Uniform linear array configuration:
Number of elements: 8
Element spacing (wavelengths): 0.25
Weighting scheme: cosine
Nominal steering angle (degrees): -45
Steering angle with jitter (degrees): -46.782
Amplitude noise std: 0.05
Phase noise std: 0.05

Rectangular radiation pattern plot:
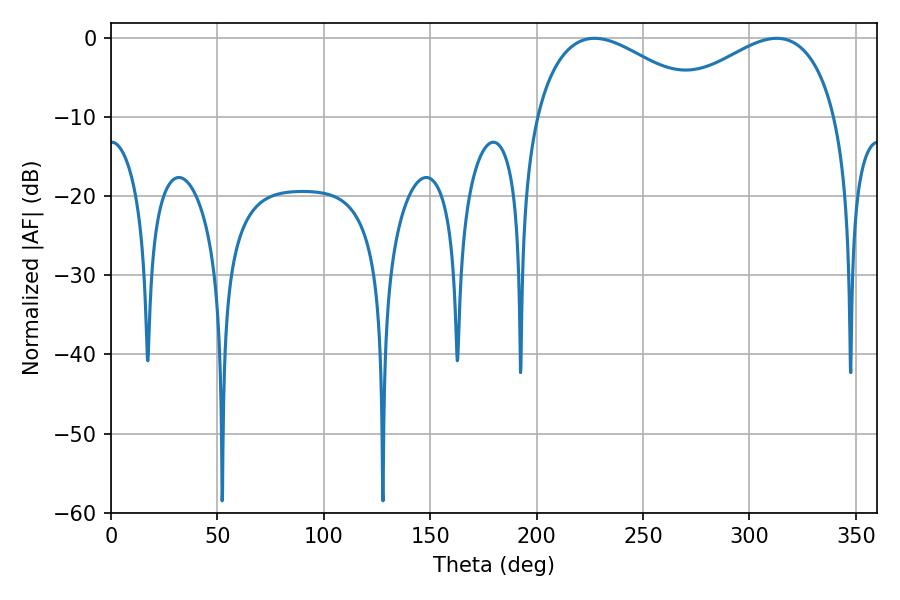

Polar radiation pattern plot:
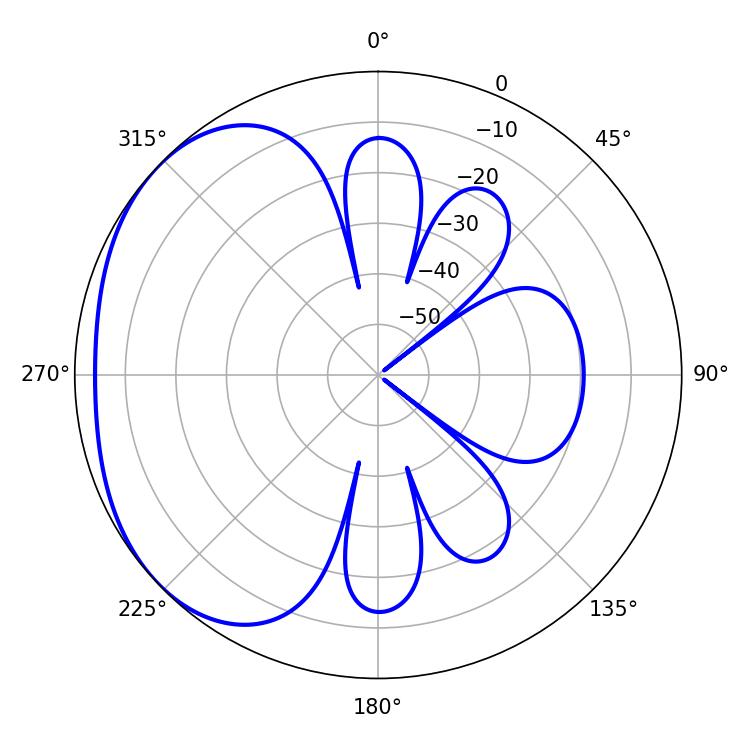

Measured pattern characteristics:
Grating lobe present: FALSE
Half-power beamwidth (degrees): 44.82
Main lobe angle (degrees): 227.16